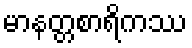
မာနတ္တစာရိကဿ